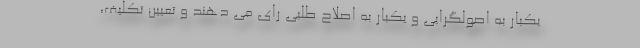
یکبار به اصولگرایی و یکبار به اصلاح طلبی رای می دهند و تعیین تکلیف،